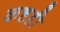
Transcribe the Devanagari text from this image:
कष्टही